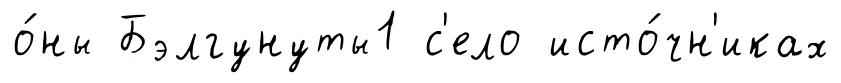
о́ны Бэлгунуты1 с'ело исто́чн'иках